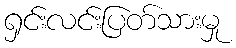
ရှင်းလင်းပြတ်သားမှု